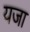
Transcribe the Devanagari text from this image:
यजा